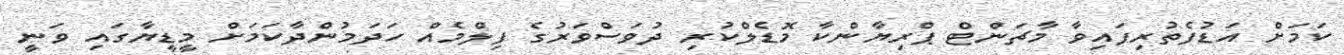
ކަމަށް އަޑުފެތުރިފައިވާ މާޗަންޓް ޕްރިޔާންކާ މޮޑެލްކުރި ދުވަސްވަރުގެ ފިލްމެއް ހަދަމުންދާކަމަށް މީޑީޔާގައި ވަނީ